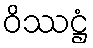
ဝိဿဋ္ဌံ